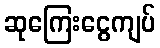
ဆုကြေးငွေကျပ်